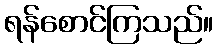
ရန်စောင်ကြသည်။